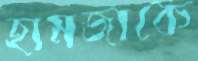
হামজাকে